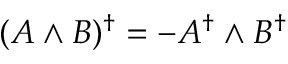
( A \wedge B ) ^ { \dagger } = - A ^ { \dagger } \wedge B ^ { \dagger }